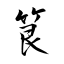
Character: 筤